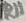
Text: R11